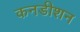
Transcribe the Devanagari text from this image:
कनडीशन